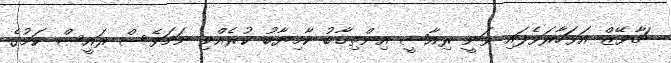
ޗާވޭޒް އަވަހާރަވެފައި ވަނީ ރިއާސީ އިންތިޚާބު ކާމިޔާބު ކުރެއްވި ނަމަވެސް ރައީސް ކަމުގެ